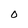
Character: 0